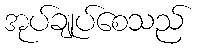
အုပ်ချုပ်စေသည်